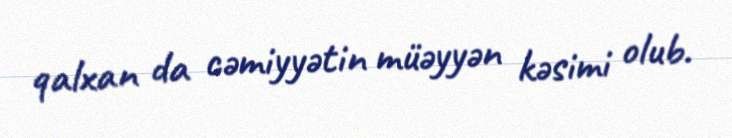
qalxan da cəmiyyətin müəyyən kəsimi olub.